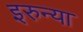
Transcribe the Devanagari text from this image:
इरुन्या